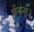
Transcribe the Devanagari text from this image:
फेंकना।